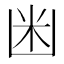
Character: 𱐍